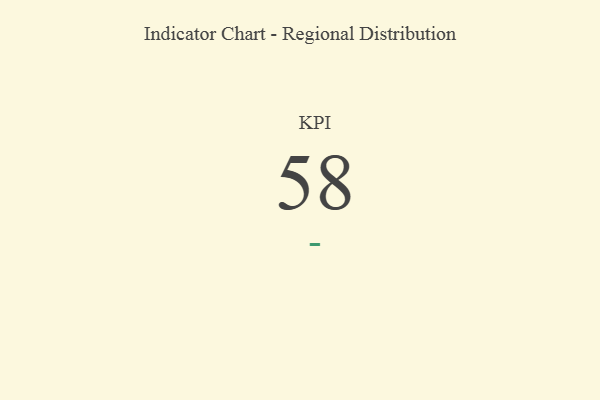
{"axis": {"x": "KPI", "y": "Value"}, "legend": [""], "data": [{"x": "KPI", "y": 58, "type": ""}]}